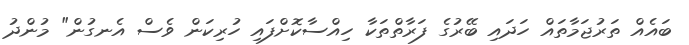
ބައެއް ތަރުޖަމާތައް ހަދައި ބޭރުގެ ފަރާތްތަކާ ހިއްސާކޮށްފައި ހުރިކަން ވެސް އެނގުން" މުންދު